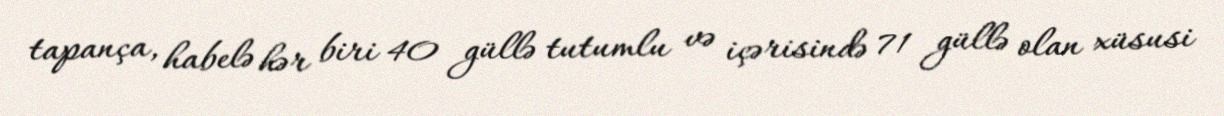
tapança, habelə hər biri 40 güllə tutumlu və içərisində 71 güllə olan xüsusi